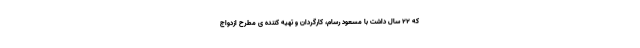
که ۲۲ سال داشت با مسعود رسام، کارگردان و تهیه کننده ی مطرح ازدواج